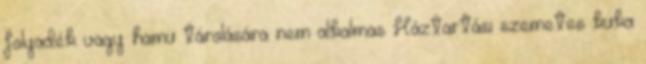
folyadék vagy hamu tárolására nem alkalmas Háztartási szemetes kuka